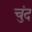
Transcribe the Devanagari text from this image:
चुंद